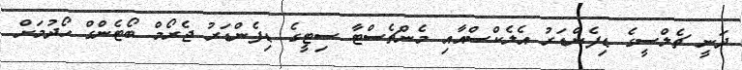
ދަނީ ޗެލްސީގެ ޑިފެންޑަރު އެލެކްސްއާއި މެންޗެސްޓާ ސިޓީގެ ޑިފެންޑަރު ޖެރޯމް ބޯޓެންގް ހޯދުމަށް